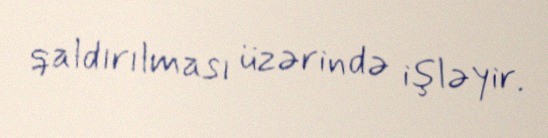
qaldırılması üzərində işləyir.